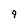
Character: 9